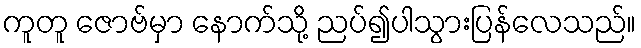
ကူတူ ဇောဗ်မှာ နောက်သို့ ညပ်၍ပါသွားပြန်လေသည်။